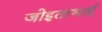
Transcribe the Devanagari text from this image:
जोइताभाई